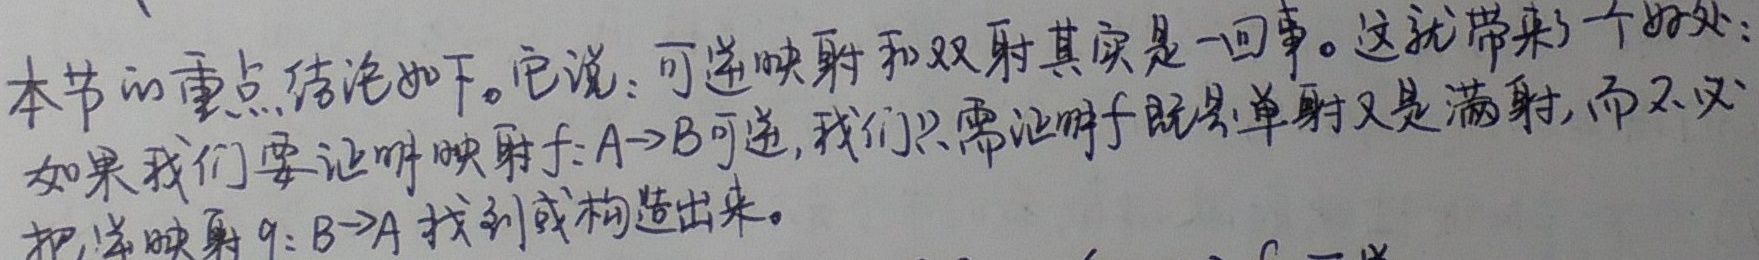
本节的重点结论如下。它说：可逆映射和双射其实是一回事。这就带来了一个好处：如果我们要证明映射\(f:A \to B\)可逆，我们只需证明\(f\)既是单射又是满射，而不必把逆映射\(g:B \to A\)找到或构造出来。